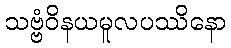
သဗ္ဗံဝိနယမူလပဿိနော